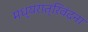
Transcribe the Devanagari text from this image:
मध्यरात्रिवंदना